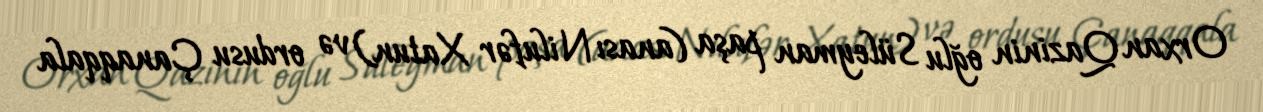
Orxan Qazinin oğlu Süleyman paşa (anası Nilufər Xatun) və ordusu Çanaqqala